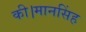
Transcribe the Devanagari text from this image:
की।मानसिंह